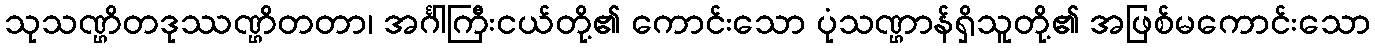
သုသဏ္ဌိတဒုဿဏ္ဌိတတာ၊ အင်္ဂါကြီးငယ်တို့၏ ကောင်းသော ပုံသဏ္ဌာန်ရှိသူတို့၏ အဖြစ်မကောင်းသော